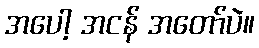
အပေါ့ အငန် အတော်ပဲ။